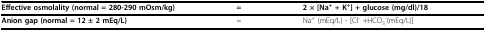
| Effective osmolality (normal = 280-290 mOsm/kg) | = | 2 × [Na+ + K+] + glucose (mg/dl)/18 |
 | --- | --- | --- |
 | Anion gap (normal = 12 ± 2 mEq/L) | = | Na+ (mEq/L) - [Cl- +HCO3-(mEq/L)] |